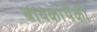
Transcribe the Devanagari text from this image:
बायकांपैकी